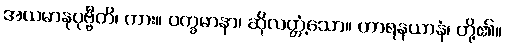
အယမာနုပုဗ္ဗီတိ၊ ကား။ ဝက္ခမာနာ၊ ဆိုလတ္တံ့သော။ ဟာရနယာနံ၊ တို့၏။